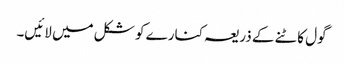
گول کاٹنے کے ذریعہ کنارے کو شکل میں لائیں۔